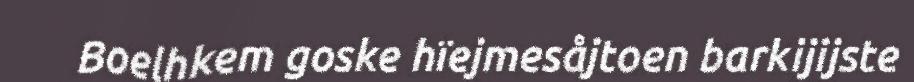
Boelhkem goske hïejmesåjtoen barkijijste